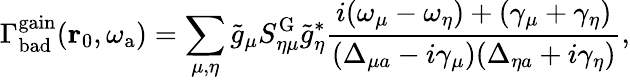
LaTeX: \Gamma_{\mathrm{bad}}^{\mathrm{gain}}(\mathbf{r}_{0},\omega_{\mathrm{a}})=\sum_{\mu,\eta}\tilde{g}_{\mu}S_{\eta\mu}^{\mathrm{G}}\tilde{g}_{\eta}^{*}\frac{i(\omega_{\mu}-\omega_{\eta})+(\gamma_{\mu}+\gamma_{\eta})}{(\Delta_{\mu a}-i\gamma_{\mu})(\Delta_{\eta a}+i\gamma_{\eta})},